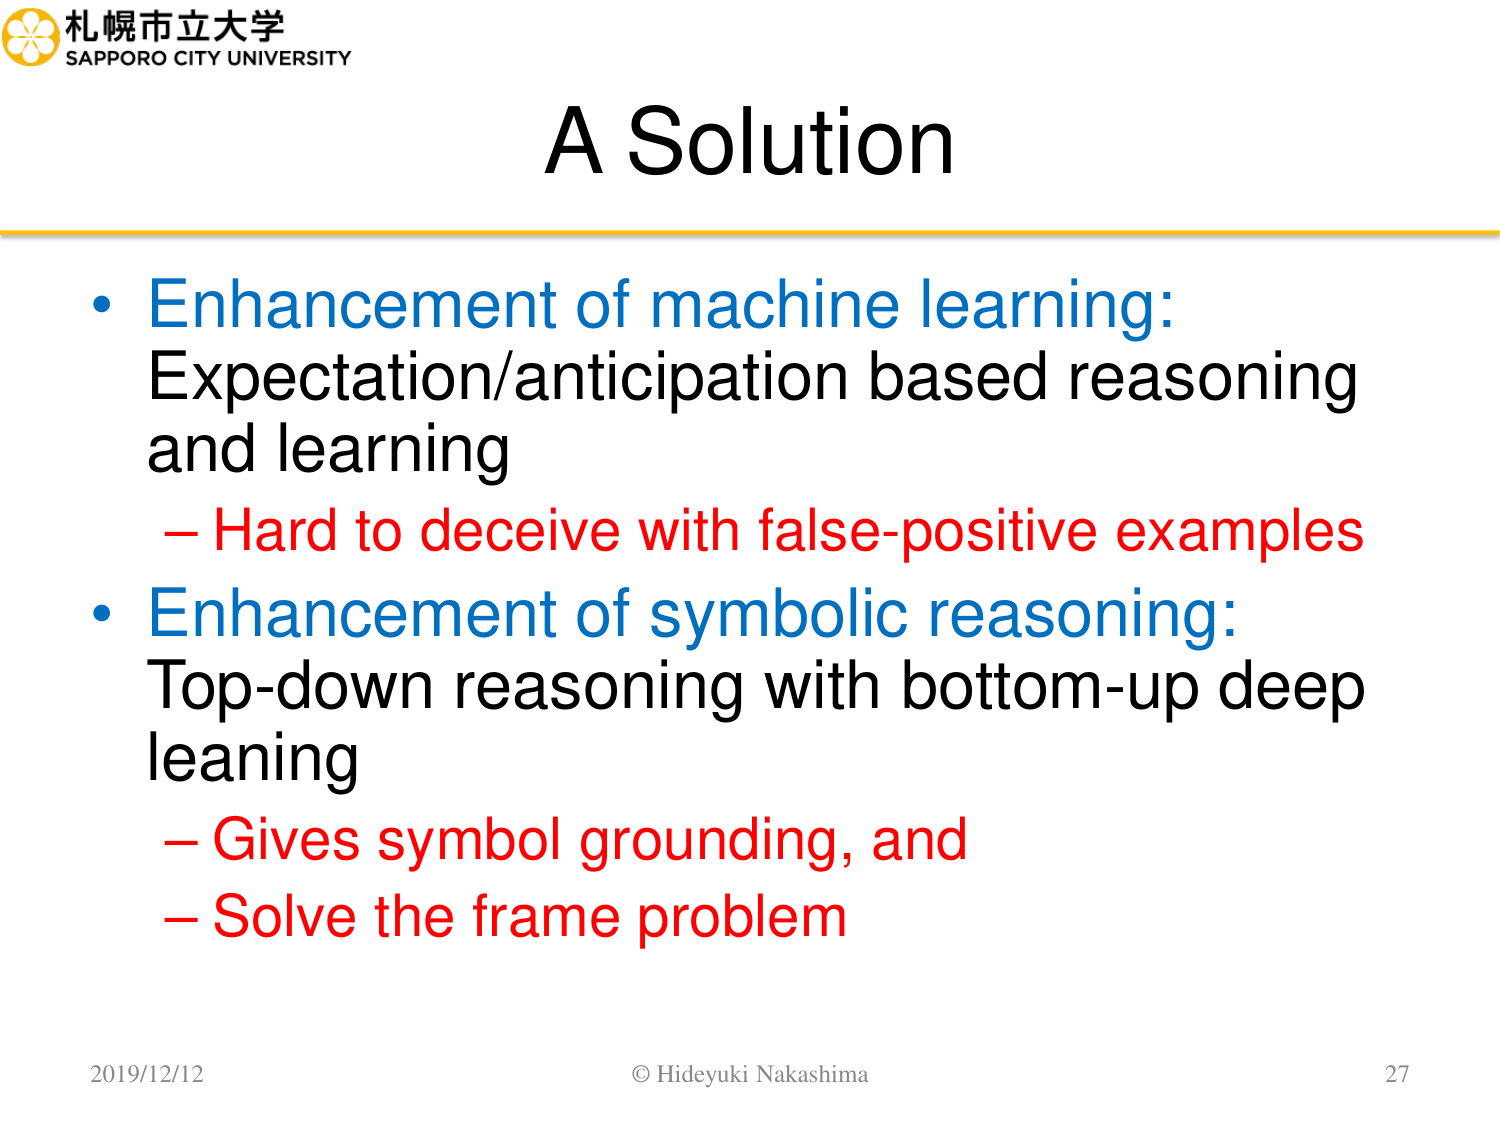
札幌市立大学
SAPPORO CITY UNIVERSITY

A Solution

• Enhancement of machine learning:
Expectation/anticipation based reasoning and learning
– Hard to deceive with false-positive examples

• Enhancement of symbolic reasoning:
Top-down reasoning with bottom-up deep leaning
– Gives symbol grounding, and
– Solve the frame problem

2019/12/12
© Hideyuki Nakashima
27